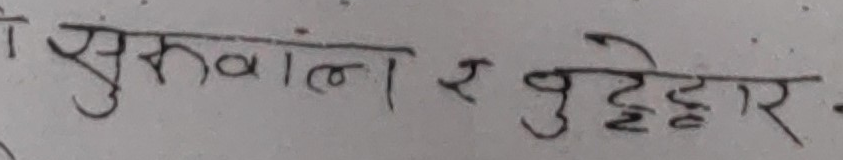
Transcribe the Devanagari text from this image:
सुरुवाल र चुहिहार